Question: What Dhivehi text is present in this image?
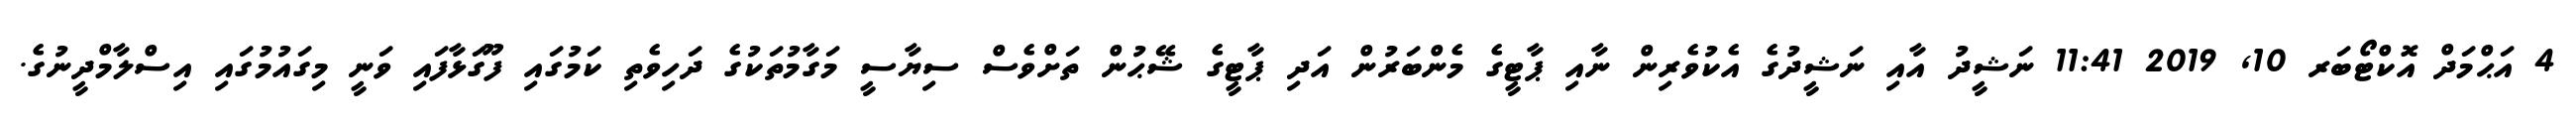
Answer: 4 އަޙްމަދް އޮކްޓޯބަރ 10, 2019 11:41 ނަޝީދު އާއި ނަޝީދުގެ އެކުވެރިން ނާއި ޕާޓީގެ މެންބަރުން އަދި ޕާޓީގެ ޝޭޙުން ތަށްވެސް ސިޔާސީ މަގާމުތަކުގެ ދަހިވެތި ކަމުގައި ފޫގަޅާފައި ވަނީ މިގައުމުގައި އިސްލާމްދީނުގެ.